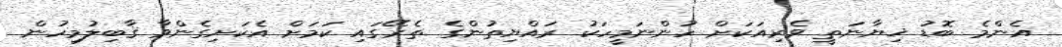
އެންމެ ބޮޑު ޚިޔާނަތީ ވެރިއަކަށް ހުންނަމީހަކު ރައްޔިތުންގެ ތެރޭގައި ކަމަށް އެކަށިގެންވާ ޤާބިލުމިހުން